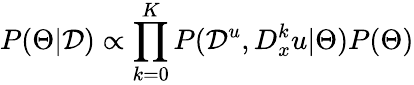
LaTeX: P(\Theta|\mathcal{D})\propto\prod_{k=0}^{K}P(\mathcal{D}^{u},D_{x}^{k}u|\Theta)P(\Theta)